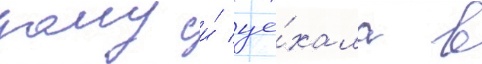
дому и́ уе́хала в